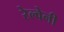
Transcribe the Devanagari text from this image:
रेल्वेनी